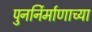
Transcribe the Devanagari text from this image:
पुनर्निर्माणाच्या